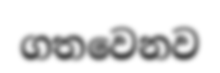
ගතවෙනව